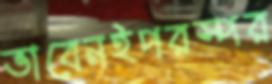
ভাবেনইপরস্পর